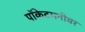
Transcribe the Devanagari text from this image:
पॉकेटमनीवर